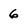
Character: 6